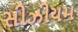
સીઝીયમ